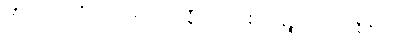
ပရိတာသံ ဥတ္တရိပိ တဏှာဂ္ဂါဟော ဃဋီကရော အနိဒဿနဉ္စ အတ္ထရဏာနီတိ လက္ခံ